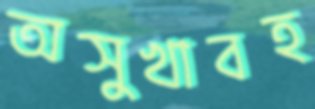
অসুখাবহ